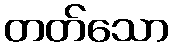
တတ်သော